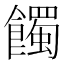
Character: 𩞾